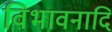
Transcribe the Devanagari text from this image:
विभावनादि